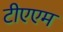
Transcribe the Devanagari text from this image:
टीएएम